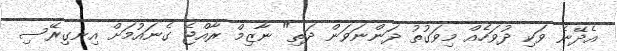
އެދޭނެ ވަކި ދުވަހެއް މިވަގުތު ދަންނަވަން ދަތި" ނާޒިމް ރާއްޖެ ގެނައުމަށް އިނގިރޭސި